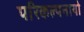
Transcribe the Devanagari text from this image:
परिकल्पनायो